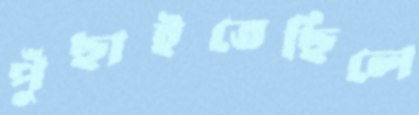
পুঁছাইতেছিলে